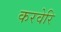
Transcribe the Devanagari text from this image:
करवेरि